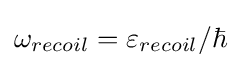
\omega _{recoil}=\varepsilon _{recoil}/\hbar